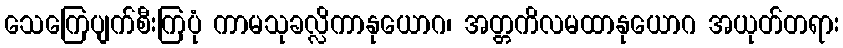
သေကြေပျက်စီးကြပုံ ကာမသုခလ္လိကာနုယောဂ၊ အတ္တကိလမထာနုယောဂ အယုတ်တရား